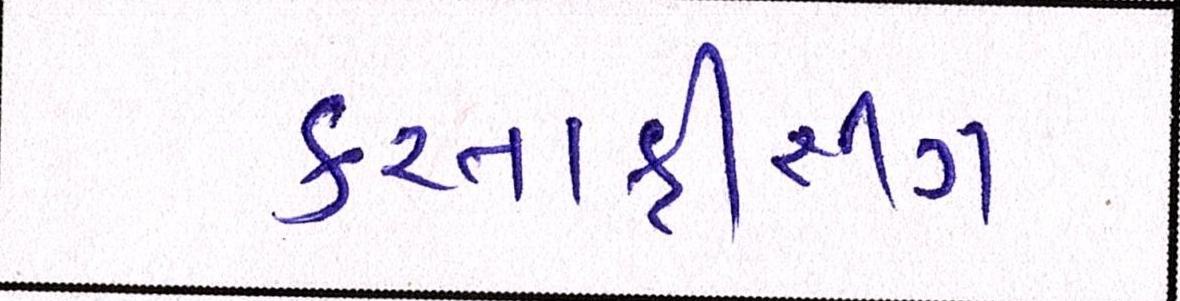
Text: કરતાફીશીંગ